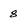
Character: 8